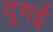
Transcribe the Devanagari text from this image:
दुगई